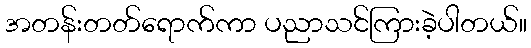
အတန်းတတ်ရောက်ကာ ပညာသင်ကြားခဲ့ပါတယ်။